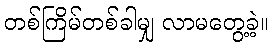
တစ်ကြိမ်တစ်ခါမျှ လာမတွေ့ခဲ့။